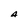
Character: A